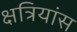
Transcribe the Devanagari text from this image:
क्षत्रियांस